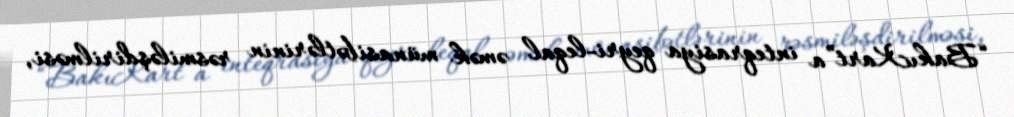
“BakıKart”a inteqrasiya qeyri-leqal əmək münasibətlərinin rəsmiləşdirilməsi,